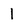
Character: 1